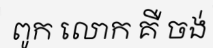
ពូក លោក គឺ ចង់